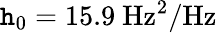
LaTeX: \mathtt{h}_{0}=15.9~\mathrm{{Hz^{2}/Hz}}